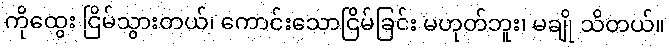
ကိုထွေး ငြိမ်သွားတယ်၊ ကောင်းသောငြိမ်ခြင်း မဟုတ်ဘူး၊ မချို သိတယ်။